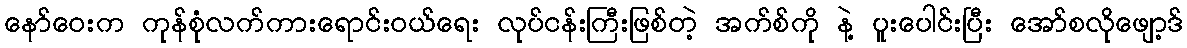
နော်ဝေးက ကုန်စုံလက်ကားရောင်းဝယ်ရေး လုပ်ငန်းကြီးဖြစ်တဲ့ အက်စ်ကို နဲ့ ပူးပေါင်းပြီး အော်စလိုဖျော့ဒ်